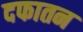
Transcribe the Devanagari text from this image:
दफातन